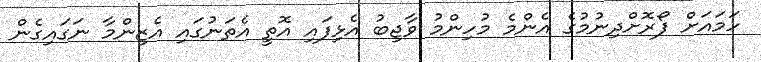
ހަމައަށް ފޯރޮށްދިނުމުގެ އެންމެ މުހިންމު ވާޖިބު އެޅިފައި އޮތީ އެތަނުގައި އެޒިންމާ ނަގައިގެން